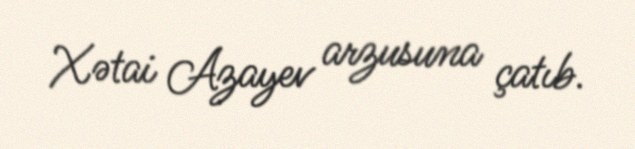
Xətai Azayev arzusuna çatıb.